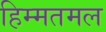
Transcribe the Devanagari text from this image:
हिम्मतमल